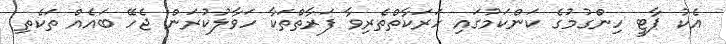
އެކު ޕާޓީ ހިންގުމުގެ ކަންކަމުގައި ހަރަކާތްތެރިވާ ފަރާތްތަކާ ހަވާލުކުރަން ޖެހޭ ބައެއް ތަކެތި